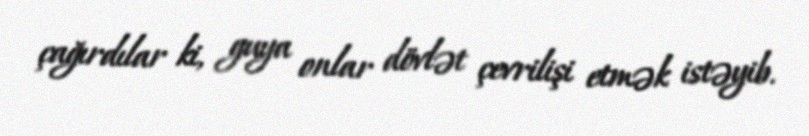
çağırdılar ki, guya onlar dövlət çevrilişi etmək istəyib.